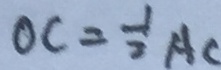
O C = \frac { 1 } { 2 } A C